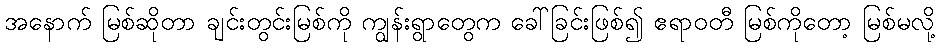
အနောက် မြစ်ဆိုတာ ချင်းတွင်းမြစ်ကို ကျွန်းရွာတွေက ခေါ်ခြင်းဖြစ်၍ ဧရာဝတီ မြစ်ကိုတော့ မြစ်မလို့